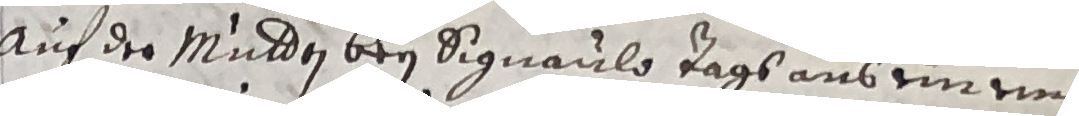
auf der Mulden bey signaulo tags aus uine